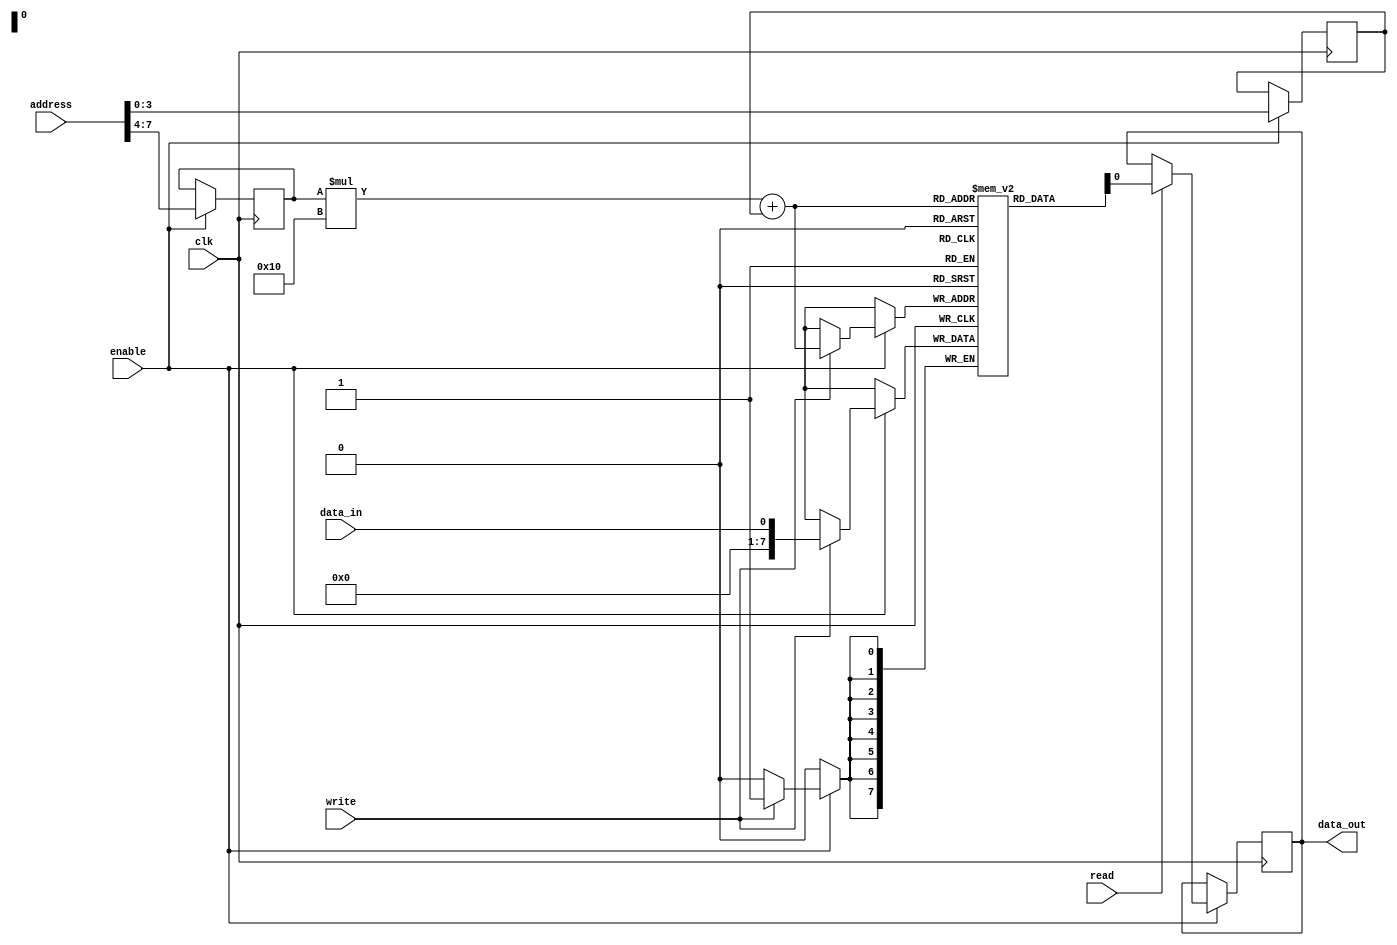
module EPROM (
    input wire [7:0] address,
    input wire enable,
    input wire read,
    input wire write,
    input wire clk,
    input wire data_in,
    output reg data_out
);

// Define parameters for memory size
parameter ROWS = 16;
parameter COLS = 16;
parameter DATA_WIDTH = 8;

// Declare memory array
reg [DATA_WIDTH-1:0] memory [ROWS-1:0][COLS-1:0];

// Define address decoder
reg [3:0] row_address;
reg [3:0] col_address;

always @(posedge clk) begin
    if (enable) begin
        row_address <= address[7:4];
        col_address <= address[3:0];
        
        if (read) begin
            data_out <= memory[row_address][col_address];
        end
        
        if (write) begin
            memory[row_address][col_address] <= data_in;
        end
    end
end

endmodule